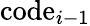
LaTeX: \mathrm{code}_{i-1}